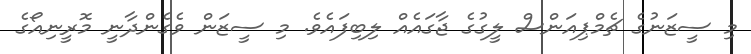
މި ސީޒަނުގެ ޗެމްޕިއަންސް ލީގުގެ ޖާގައެއް ލިބިފައެވެ. މި ސީޒަން ވެގެންދާނީ މޮރީނިއޯގެ